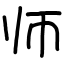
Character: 师